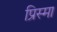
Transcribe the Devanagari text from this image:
प्रिस्मा